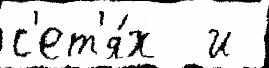
с'ет'я́х  и